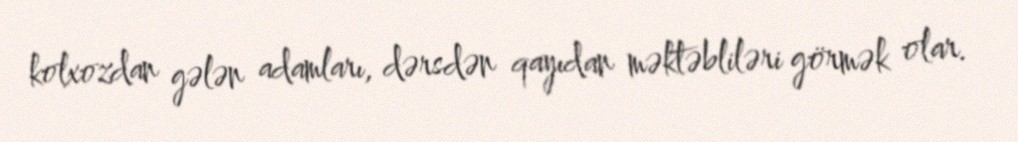
kolxozdan gələn adamları, dərsdən qayıdan məktəbliləri görmək olar.